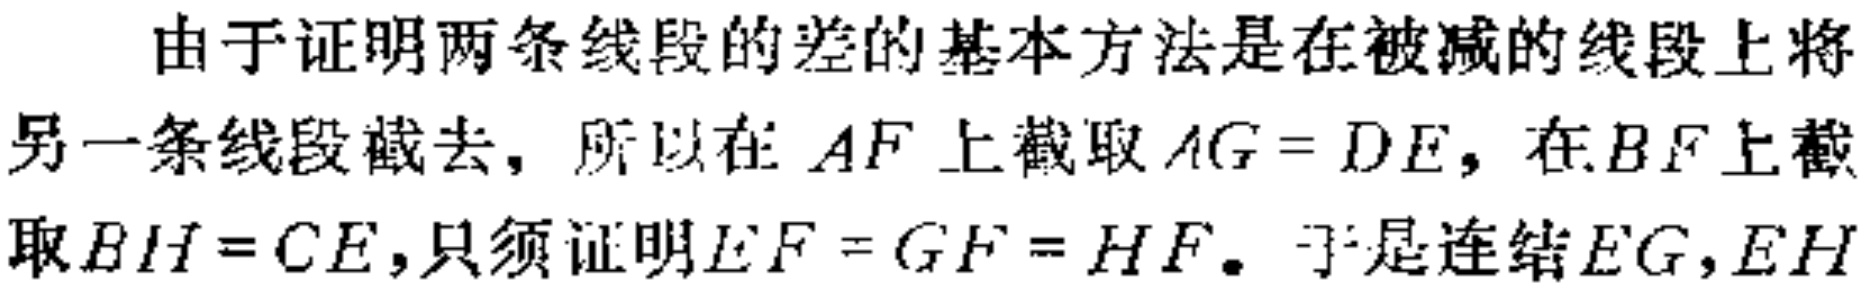
由于证明两条线段的差的基本方法是在被减的线段上将另一条线段截去，所以在 \(AF\) 上截取 \(AG = DE\)，在 \(BF\) 上截取 \(BH = CE\)，只须证明 \(EF = GF = HF\)。于是连结 \(EG,EH\)